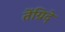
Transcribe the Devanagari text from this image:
तेंग्रिदे